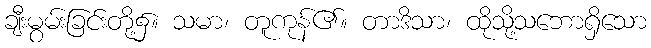
ချီးမွမ်းခြင်းတို့၌။ သမာ၊ တူကုန်၏။ တာဒိသာ၊ ထိုသို့သဘောရှိသော